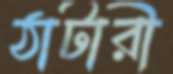
ঠাটারী